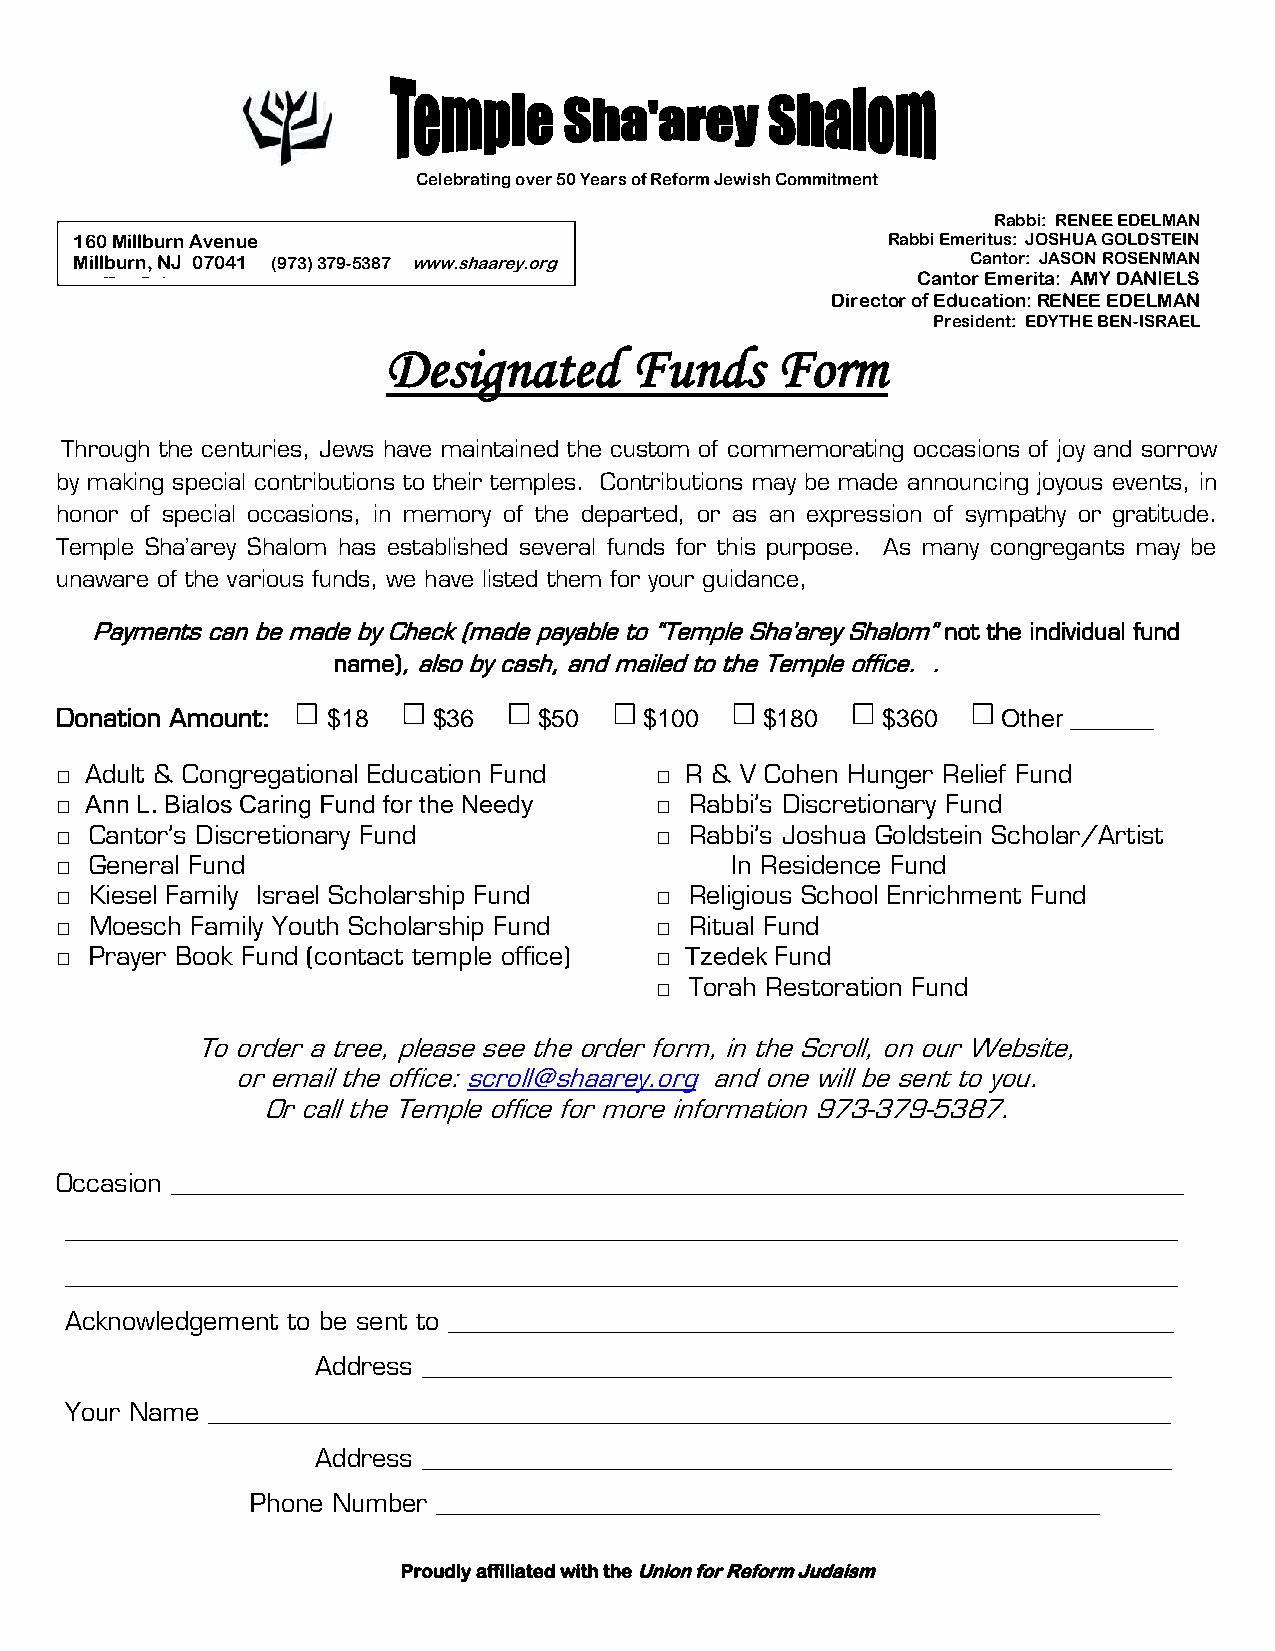
Celebrating over 50 Years of Reform Jewish Commitment
 Rabbi: RENEE EDELMAN
 160 Millburn Avenue                                   Rabbi Emeritus: JOSHUA GOLDSTEIN
 Millburn, NJ 07041 (973) 379-5387 www.shaarey.o r g        Cantor: JASON ROSENMAN
 • office@shaarey.org                                    Cantor Emerita: AMY DANIELS
 Director of Education: RENEE EDELMAN
 President: EDYTHE BEN-ISRAEL
 Designated      Funds    Form
 Through the centuries, Jews have maintained the custom of commemorating occasions of joy and sorrow
 by making special contributions to their temples. Con tributions may be made announcing joyous events, in
 honor of special occasions, in memory of the departed, or as an expression of sympathy or gratitude.
 Temple Sha’arey Shalom has established several funds for this purpose. As many congregants may be
 unaware of the various funds, we have listed them for your guidance,
 Payments can be made by Check (made payable to “Temple Sha’arey Shalom” not the individual fund
 name), also by cash, and mailed to the Temple office. .
 Donation Amount:  $18    $36    $50    $100   $180    $360    Other ______
 □ Adult & Congregational Education Fund □ R & V Cohen Hunger Relief Fund
 □ Ann L. Bialos Caring Fund for the Needy □ Rabbi’s Discretionary Fund
 □ Cantor’s Discretionary Fund          □  Rabbi’s Joshua Goldstein Scholar/Artist
 □ General Fund                              In Residence Fund
 □ Kiesel Family Israel Scholarship Fund □ Religious School Enrichment Fund
 □ Moesch Family Youth Scholarship Fund □  Ritual Fund
 □ Prayer Book Fund (contact temple office) □ Tzedek Fund
 □  Torah Restoration Fund
 To order a tree, please see the order form, in the Scroll, on our Website,
 or email the office: scroll@shaarey.org and one will be sent to you.
 Or call the Temple office for mor e information 973-379-5387.
 Occasion _________________________________________________________________________________
 _________________________________________________________________________________________
 _________________________________________________________________________________________
 Acknowledgement to be sent to __________________________________________________________
 Address ____________________________________________________________
 Your Name _____________________________________________________________________________
 Address ____________________________________________________________
 Phone Number _____________________________________________________
 Proudly affiliated with the Union for Reform Judaism